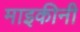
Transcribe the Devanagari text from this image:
माइकीनी